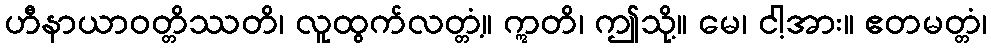
ဟီနာယာဝတ္တိဿတိ၊ လူထွက်လတ္တံ့။ ဣတိ၊ ဤသို့။ မေ၊ ငါ့အား။ ဧတမတ္တံ၊